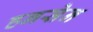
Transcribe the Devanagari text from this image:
हनसेन